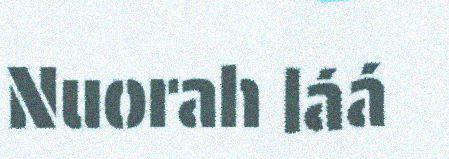
Nuorah láá